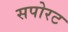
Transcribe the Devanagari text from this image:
सपोरट